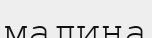
малина